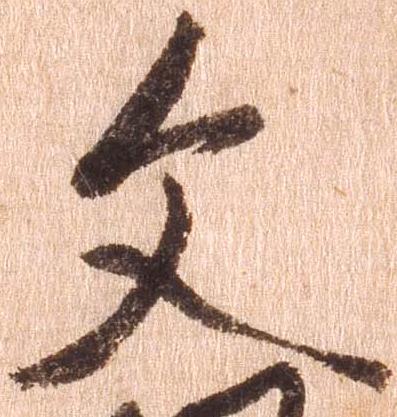
文